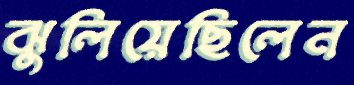
ঝুলিয়েছিলেন